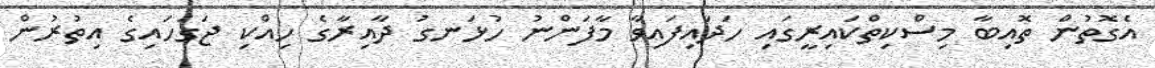
އެގޮތުން ތޮއިބާ މިސްކިތްކައިރީގައި ހަދައިފައިވާ މާފަންނު ހުޅަނގު ދާއިރާގެ ހިއްކި ޖަގަހައިގެ އިތުރުން